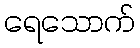
ရေသောက်